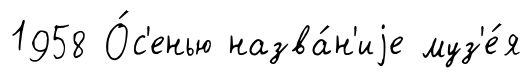
1958 О́с'енью назва́н'иjе муз'е́я